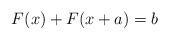
LaTeX: \begin{align*}F(x) + F(x+a) = b\end{align*}